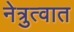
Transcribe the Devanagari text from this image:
नेत्रुत्वात